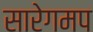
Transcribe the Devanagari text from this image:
सारेगमप